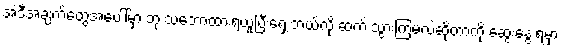
အဲဒီအချက်တွေအပေါ်မှာ ဘုံ သဘောထားရယူပြီးရှေ့ ဘယ်လို ဆက် သွားကြမလဲဆိုတာကို ဆွေးနွေးရမှာ